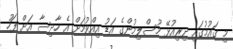
މި ގައުމުގައި ދިރިއުޅޭ މުސްލިމުންގެ އަޑު އިއްވުމަށް އެ ހާދިސާ އަށް ފަހު